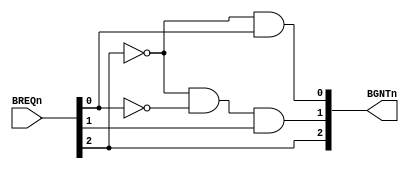
module Arbiter (BREQn, BGNTn);

parameter 	NumUnit = 3;

input 		[NumUnit-1:0]	BREQn;
output 		[NumUnit-1:0]	BGNTn;

reg 		[NumUnit-1:0]	BGNTn;

always @(BREQn)
begin
	BGNTn[2] <= BREQn[2];				// from TEST-BENCH
	BGNTn[0] <= !BREQn[2] && BREQn[0];		// from SRAM
	BGNTn[1] <= !BREQn[2] && !BREQn[0] && BREQn[1];	// from UART
end
//always @(BREQn)
//    $display("BREQn[2:0]:%b / BGNTn[2:0]: %b", BREQn, BGNTn);
endmodule